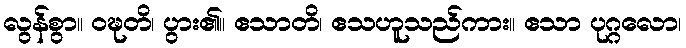
လွန်စွာ။ ဝဍ္ဎတိ၊ ပွား၏။ ဧသာတိ၊ ဧသဟူသည်ကား။ ဧသာ ပုဂ္ဂလော၊